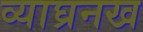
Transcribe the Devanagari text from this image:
व्याघ्रनख